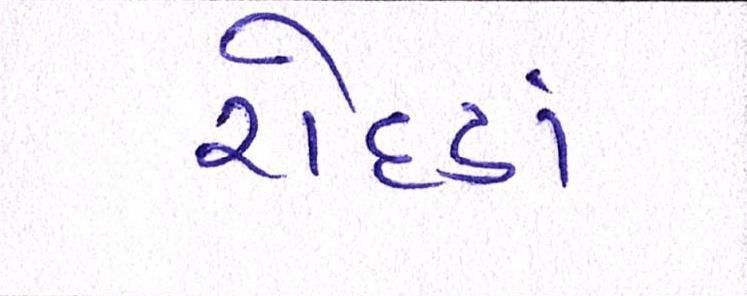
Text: રોદડાં